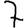
Digit: 7